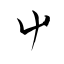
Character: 屮